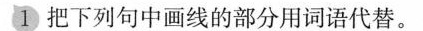
①把下列句中画线的部分用词语代替。